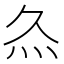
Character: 𤆐